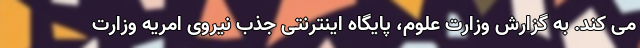
می کند. به گزارش وزارت علوم، پایگاه اینترنتی جذب نیروی امریه وزارت